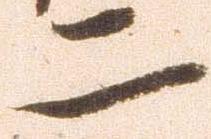
二